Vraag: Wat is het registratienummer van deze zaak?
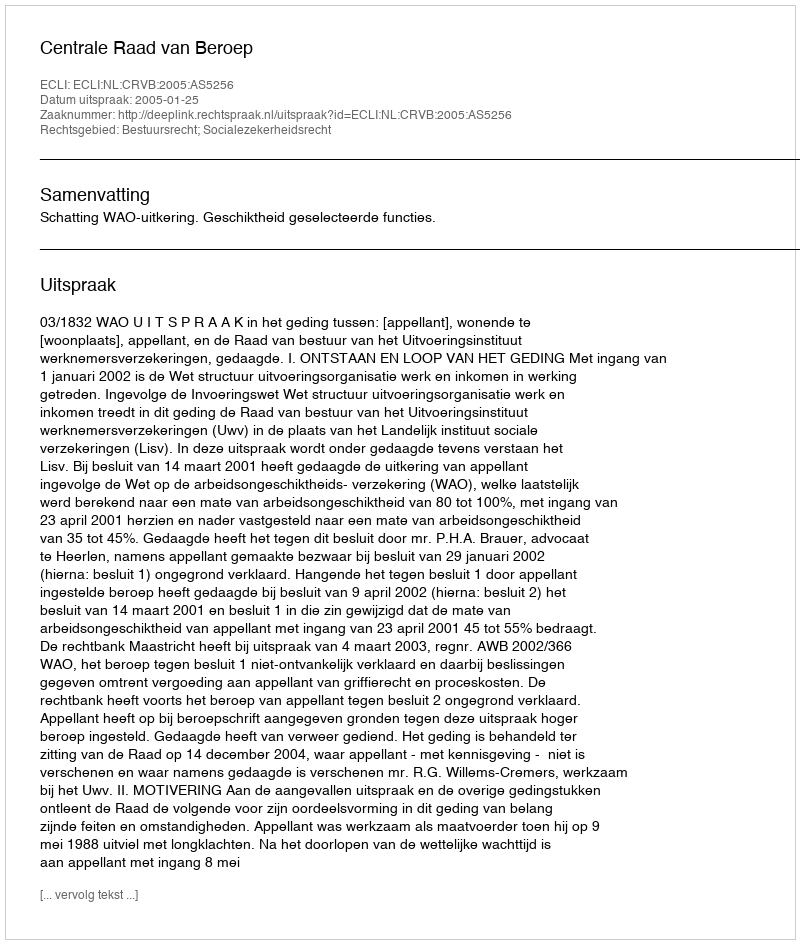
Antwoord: http://deeplink.rechtspraak.nl/uitspraak?id=ECLI:NL:CRVB:2005:AS5256